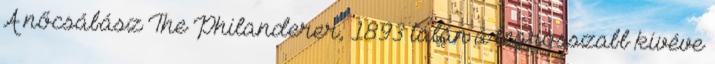
A nőcsábász The Philanderer, 1893 talán a legrosszabb kivéve